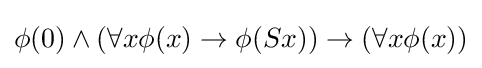
\phi (0)\wedge (\forall x\phi (x)\rightarrow \phi (Sx))\rightarrow (\forall x\phi (x))